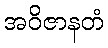
အဝိဇာနတံ